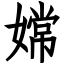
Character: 嫦